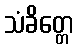
သံခိတ္တေ